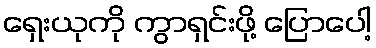
ရှေးယုကို ကွာရှင်းဖို့ ပြောပေါ့